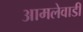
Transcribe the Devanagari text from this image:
आमलेवाडी